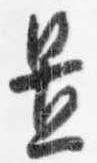
置